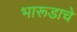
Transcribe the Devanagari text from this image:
भारूडाचे